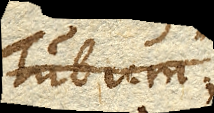
Tubum.